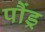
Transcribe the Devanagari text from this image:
पौंड्र